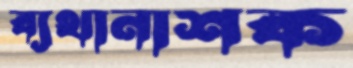
ব্যথানাশক